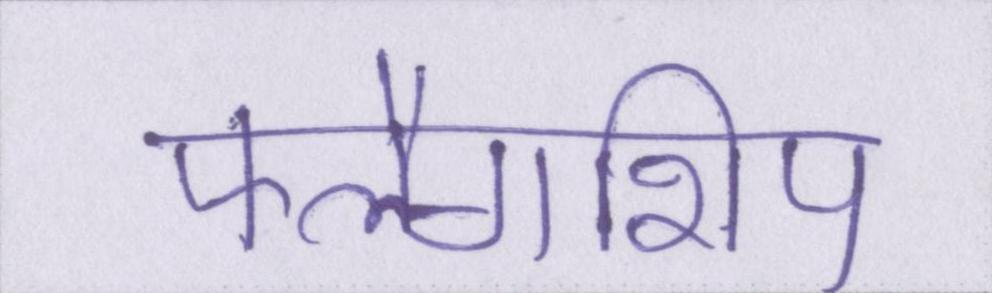
फ्लैगशिप